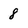
Character: 8